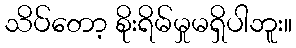
သိပ်တော့ စိုးရိမ်မှုမရှိပါဘူး။